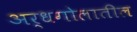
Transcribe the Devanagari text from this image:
अर्धगोलातील